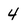
Character: 4